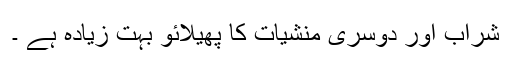
شراب اور دوسری منشیات کا پھیلائو بہت زیادہ ہے ۔